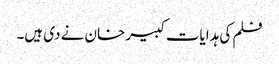
فلم کی ہدایات کبیر خان نے دی ہیں۔